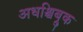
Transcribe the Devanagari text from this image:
अधश्चिब्रुक